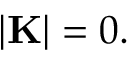
| { \bf K } | = 0 .